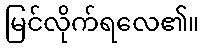
မြင်လိုက်ရလေ၏။